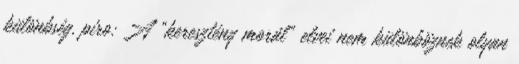
különbség. piro: A "keresztény morál" elvei nem különböznek olyan